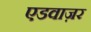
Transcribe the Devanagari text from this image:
एडवाज़र